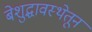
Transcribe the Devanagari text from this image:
बेशुद्धावस्थेतून